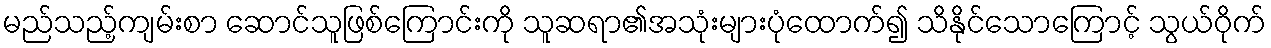
မည်သည့်ကျမ်းစာ ဆောင်သူဖြစ်ကြောင်းကို သူဆရာ၏အသုံးများပုံထောက်၍ သိနိုင်သောကြောင့် သွယ်ဝိုက်